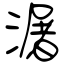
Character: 潳